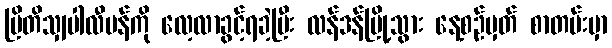
ဗြိတိသျှပါလီမန်ကို လေ့လာခွင့်ရခဲ့ပြီး လန်ဒန်မြို့သွား နေ့စဉ်မှတ် စာတမ်းမှာ